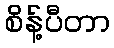
စိန့်ပီတာ